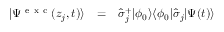
\begin{array} { c c l } { | \Psi ^ { \mathrm { ~ e ~ x ~ c ~ } } ( z _ { j } , t ) \rangle } & { = } & { \hat { \sigma } _ { j } ^ { + } | \phi _ { 0 } \rangle \langle \phi _ { 0 } | \hat { \sigma } _ { j } | \Psi ( t ) \rangle } \end{array}